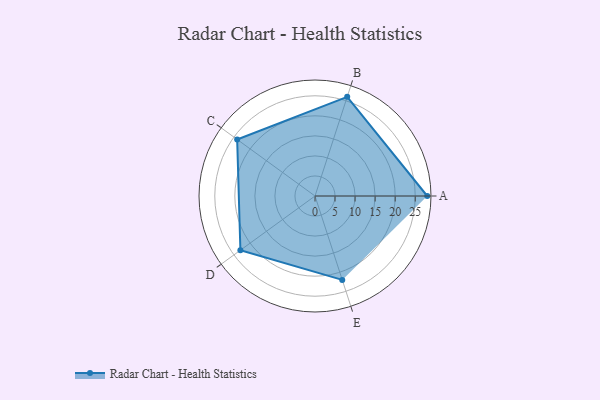
{"axis": {"x": "Skill", "y": "Score"}, "legend": ["Profile"], "data": [{"x": "A", "y": 28.0, "type": "Profile"}, {"x": "B", "y": 26.0, "type": "Profile"}, {"x": "C", "y": 24.0, "type": "Profile"}, {"x": "D", "y": 23.0, "type": "Profile"}, {"x": "E", "y": 22.0, "type": "Profile"}]}